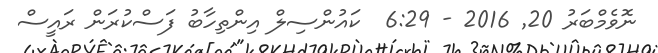
ނޮވެމްބަރު 20